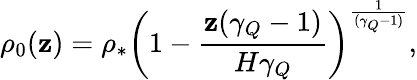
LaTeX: \rho_{0}(\mathbf{z})=\rho_{*}\left(1-\frac{{\mathbf{z}(\gamma_{Q}-1)}}{{H\gamma_{Q}}}\right)^{\frac{{1}}{{(\gamma_{Q}-1)}}},